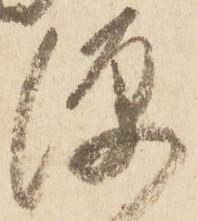
源